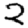
Digit: 2